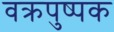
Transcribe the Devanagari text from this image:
वक्रपुष्पक